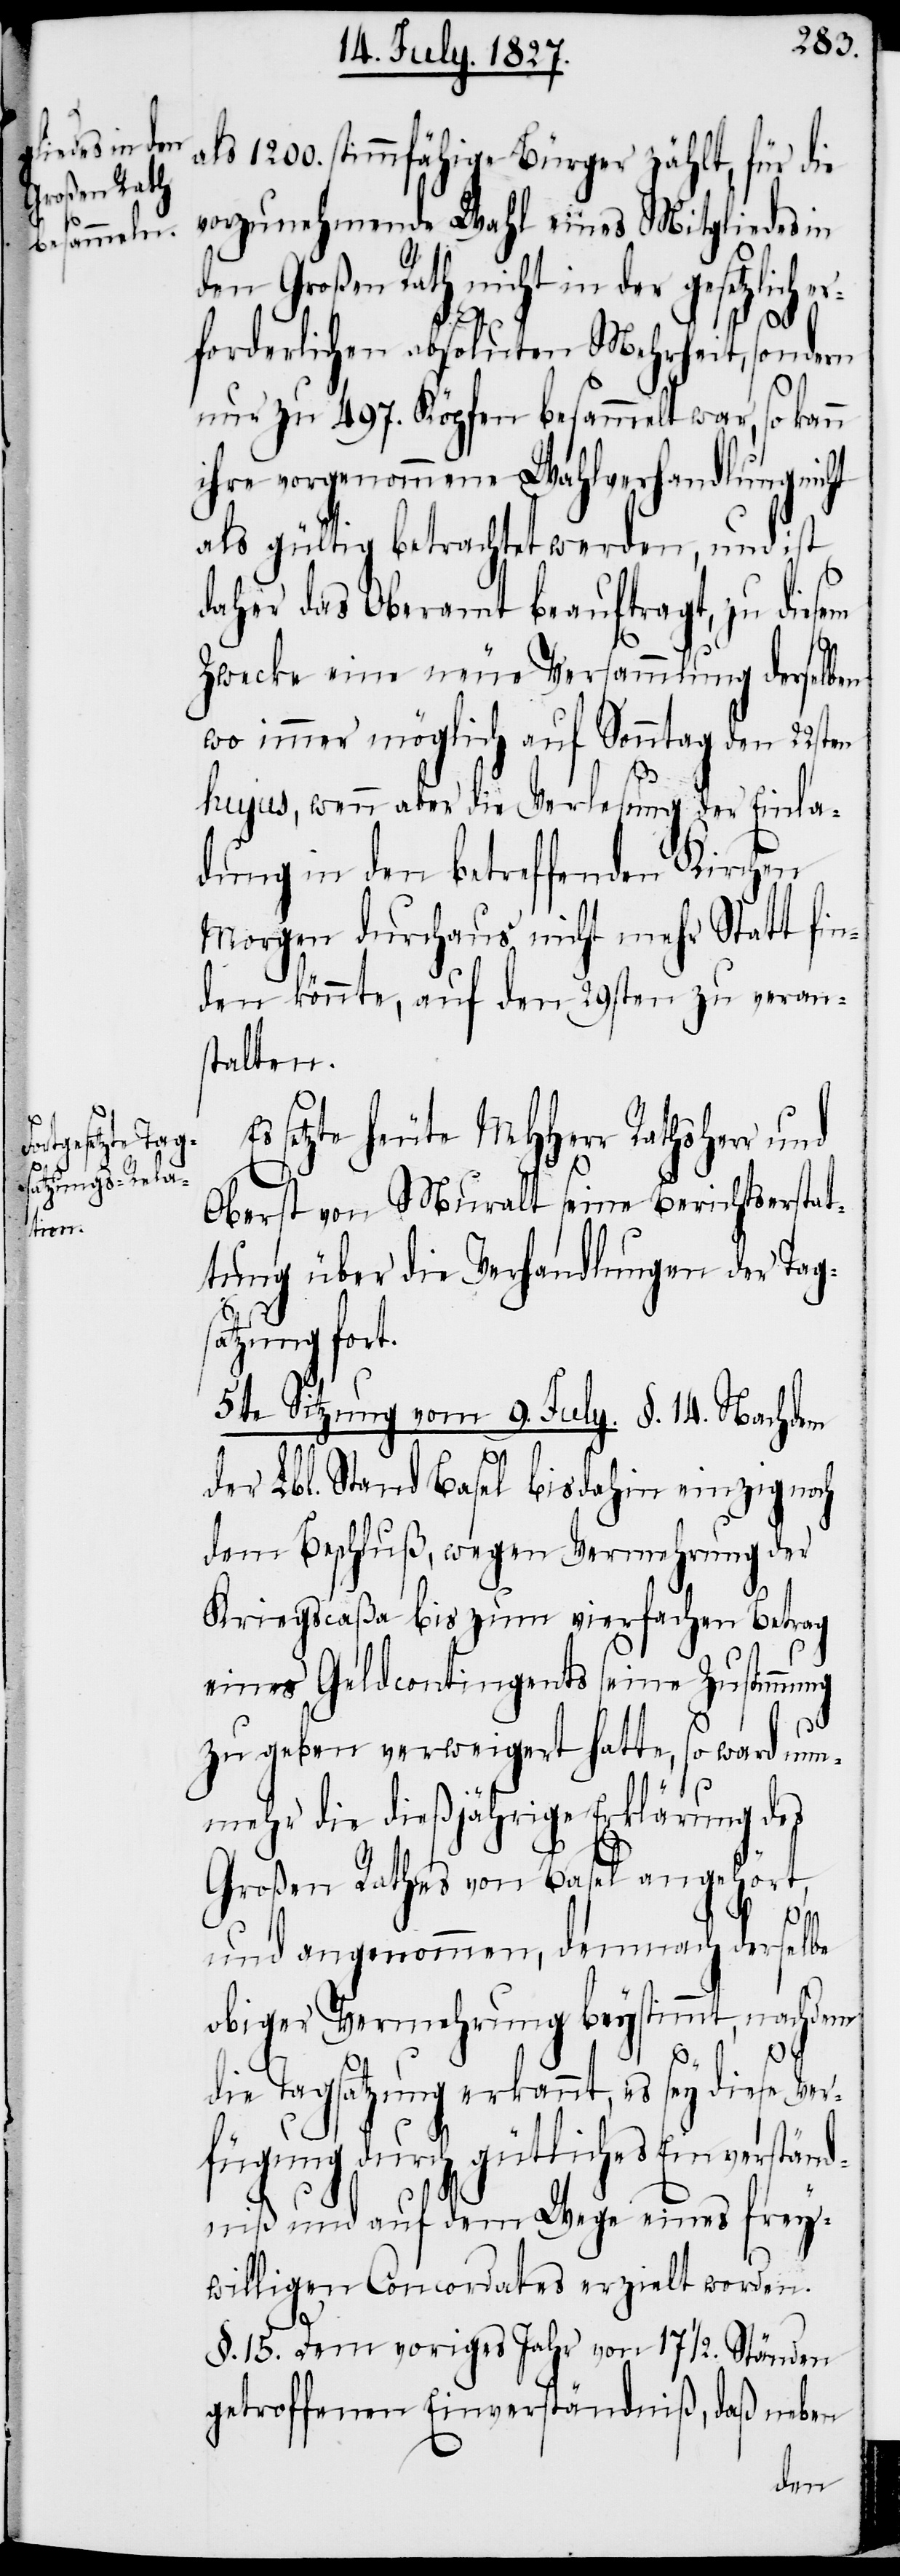
als 1200. stimmfähige Bürger zählt, für die
vorzunehmende Wahl eines Mitgliedes in
den Großen Rath nicht in der gesetzlich e¬
5.
rforderlichen absoluten Mehrheit, sondern
nur zu 497. Köpfen besammelt war, so kann
ihre vorgenommene Wahlverhandlung nicht
als gültig betrachtet werden, und ist
daher das Oberamt beauftragt, zu diesem
Zwecke eine neue Versammlung derselben
wo immer möglich auf Sonntag den 22sten
hujus, wenn aber die Verlesung der Einla¬
dung in den betreffenden Kirchen
Morgen durchaus nicht mehr Statt fin¬
den könnte, auf den 29sten zu veran¬
stalten.
setzte heute MHHerr Rathsherr und
Oberst von Muralt seine Berichtserstat¬
tung über die Verhandlungen der Tags¬
atzung fort.
9.
July.
der Lbl. Stand Basel bis dahin einzig noch
dem Beschluß, wegen Vermehrung der
Kriegscaßa bis zum vierfachen Betrag
eines Geldcontingents seine Zustimmung
zu geben verweigert hatte, so war nun¬
mehr die dießjährige Erklärung des
Großen Rathes von Basel angehört,
§. 14.
und angenommen, demnach derselbe
obiger Vermehrung beystimmt, nachdem
die Tagsatzung erkannt, es sey diese Ver¬
fügung durch gütliches Einverständ¬
niß und auf dem Wege eines frey¬
willigen Concordates erzielt worden.
§. 15. Dem voriges Jahr von 17 ½. Ständen
getroffenen Einverständniß, daß neben